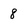
Character: 8